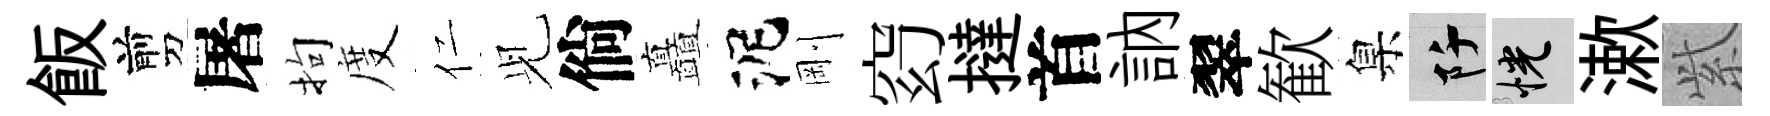
飯剪屠拘度仁𫤗倘矗泥剛𥥆撻首訥翠歓臬阡恍漱𬗋